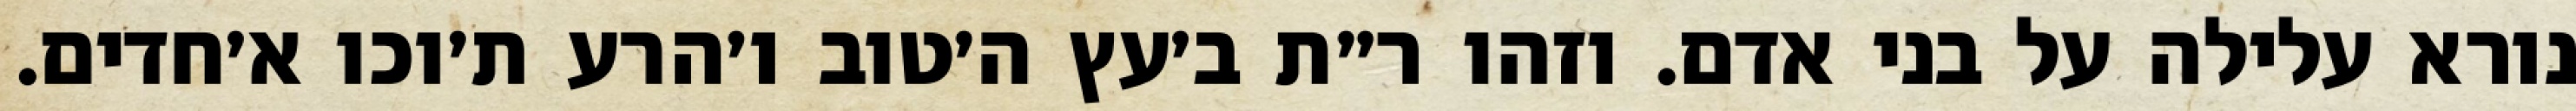
נורא עלילה על בני אדם. וזהו ר״ת ב׳עץ ה׳טוב ו׳הרע ת׳וכו א׳חדים.